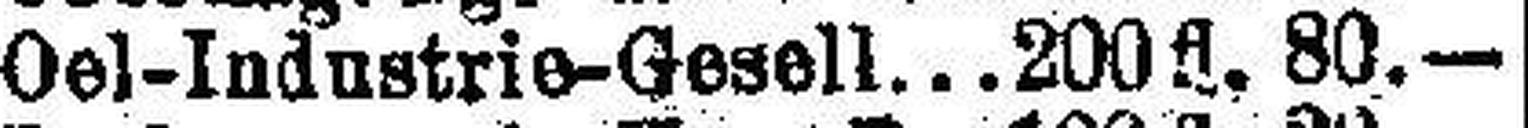
Oel-Industrie-Gesell. 200 fl. 80.—